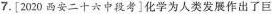
7.[2020西安二十六中段考]化学为人类发展作出了巨